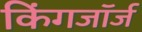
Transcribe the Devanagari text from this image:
किंगजॉर्ज